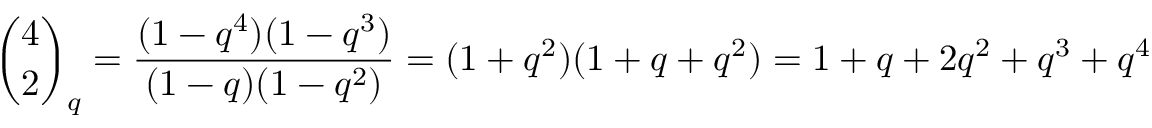
{ \binom { 4 } { 2 } } _ { q } = { \frac { ( 1 - q ^ { 4 } ) ( 1 - q ^ { 3 } ) } { ( 1 - q ) ( 1 - q ^ { 2 } ) } } = ( 1 + q ^ { 2 } ) ( 1 + q + q ^ { 2 } ) = 1 + q + 2 q ^ { 2 } + q ^ { 3 } + q ^ { 4 }